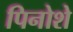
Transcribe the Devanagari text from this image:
पिनोशे